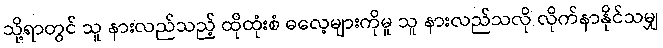
သို့ရာတွင် သူ နားလည်သည့် ထိုထုံးစံ ဓလေ့များကိုမူ သူ နားလည်သလို လိုက်နာနိုင်သမျှ